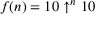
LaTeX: f ( n ) = 1 0 \uparrow ^ { n } 1 0